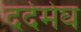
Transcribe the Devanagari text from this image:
दर्दमेघ